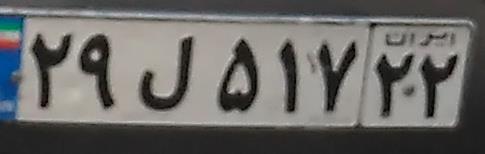
۲۹ل۵۱۷۲۲